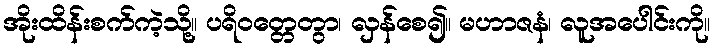
အိုးထိန်းစက်ကဲ့သို့။ ပရိဝတ္တေတွာ၊ လှန်စေ၍။ မဟာဇနံ၊ လူအပေါင်းကို။